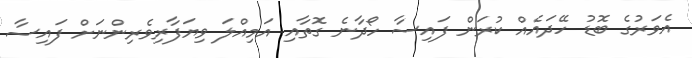
އެވަރުގެ ބޮޑު ހޭދައެއް ކުރަން ފައިސާ ހޯދާނެ ގޮތާއި އަމިއްލަ ވިޔަފާރިވެރިންނަށް ފައިސާ